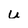
Character: u